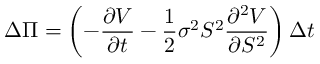
\Delta \Pi = \left( - { \frac { \partial V } { \partial t } } - { \frac { 1 } { 2 } } \sigma ^ { 2 } S ^ { 2 } { \frac { \partial ^ { 2 } V } { \partial S ^ { 2 } } } \right) \Delta t